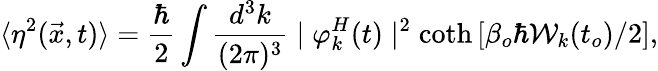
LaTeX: \langle\eta^{2}(\vec{x},t)\rangle=\frac{\hbar}{2}\int\frac{d^{3}k}{(2\pi)^{3}}\mid\varphi_{k}^{H}(t)\mid^{2}\coth\left[\beta_{o}\hbar{\cal{W}}_{k}(t_{o})/2\right],